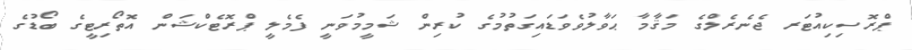
ޕްރޮސިކިއުޓަރ ޖެނެރެލްގެ މަޤާމާ ޙަވާލުވެވަޑައިގަތުމުގެ ކުރިން ޝަމީމުވަނީ ފެމެލީ ޕްރޮޓެކްޝަން އޮތޯރިޓީގެ ބޯޑުގެ